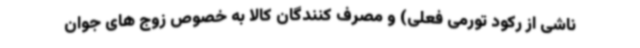
ناشی از رکود تورمی فعلی) و مصرف کنندگان کالا به خصوص زوج های جوان